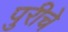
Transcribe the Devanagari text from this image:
पुरीचे